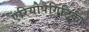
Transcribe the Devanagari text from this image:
एरियोपैगिटिका